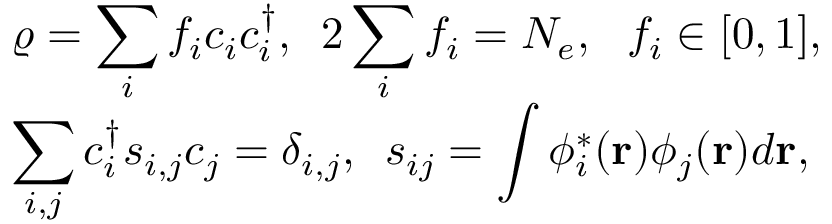
\begin{array} { l } { { \displaystyle \varrho = \sum _ { i } f _ { i } c _ { i } c _ { i } ^ { \dagger } , ~ ~ } { \displaystyle 2 \sum _ { i } f _ { i } = N _ { e } , ~ ~ f _ { i } \in [ 0 , 1 ] , } } \\ { { \displaystyle \sum _ { i , j } c _ { i } ^ { \dagger } s _ { i , j } c _ { j } = \delta _ { i , j } , ~ ~ } { \displaystyle s _ { i j } = \int \phi _ { i } ^ { * } ( { \bf r } ) \phi _ { j } ( { \bf r } ) d { \bf r } } , } \end{array}